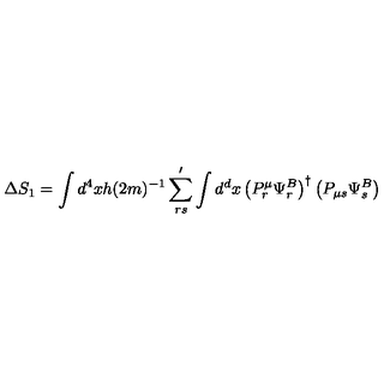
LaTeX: \Delta S _ { 1 } = \int d ^ { 4 } x h ( 2 m ) ^ { - 1 } \sum _ { r s } ^ { \prime } \int d ^ { d } x \left( P _ { r } ^ { \mu } \Psi _ { r } ^ { B } \right) ^ { \dagger } \left( P _ { \mu s } \Psi _ { s } ^ { B } \right)